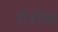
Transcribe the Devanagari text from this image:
नॉर्वॉक